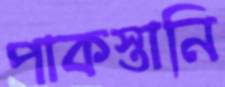
পাকস্তানি